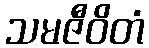
သမဇီဝိတံ